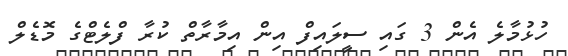
ހުޅުމާލެ އެން 3 ގައި ސީލައިފް އިން އިމާރާތް ކުރާ ފްލެޓްގެ މޮޑެލް